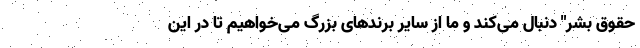
حقوق بشر" دنبال می‌کند و ما از سایر برندهای بزرگ می‌خواهیم تا در این